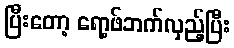
ပြီးတော့ ရော့ဖ်ဘက်လှည့်ပြီး